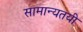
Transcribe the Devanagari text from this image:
सामान्यतयी